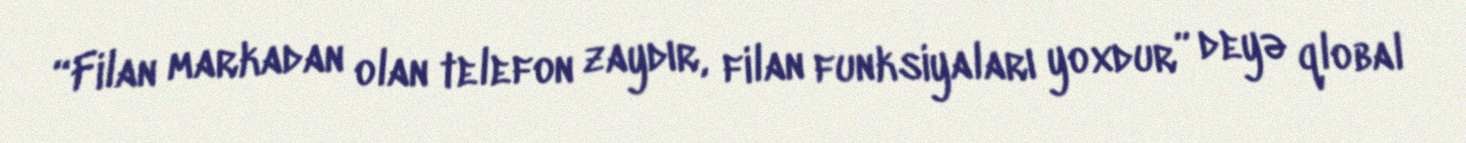
“Filan markadan olan telefon zaydır, filan funksiyaları yoxdur” deyə qlobal